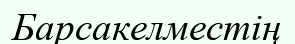
Барсакелместің